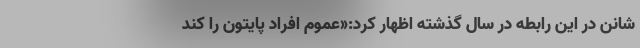
شانن در این رابطه در سال گذشته اظهار کرد:«عموم افراد پایتون را کند